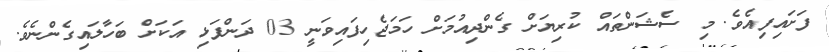
ފަށައިފިއެވެ. މި ސެޝަންތައް ކުރިޔަށް ގެންދިއުމަށް ހަމަޖެހިފައިވަނީ 03 ދަންފަޅި އަކަށް ބަހާލައިގެންނެވެ.